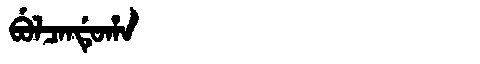
Manchu: ᠪᡠᠯᠴᠠᠨᡩᡠᡥᠠ
Romanization: BULCANDUHA